Tezpur Lunatic Asylum reports 1895-1904 - 1895-1904
Year: 1895
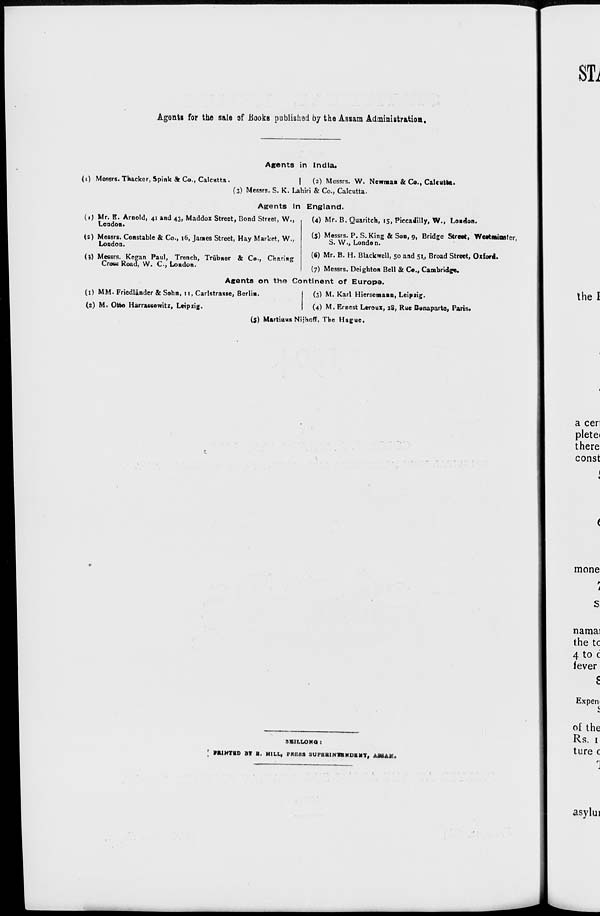
Agents for the sale of .Books published by the Assam Administration,
Agents in India.
(0 Messrs. Thackcr, Spink * Co., Calcutta.
|
(2) Messrs. W. Newman & Co., Calcutta.
(3) Messrs. S. K. Lahiri & Co., Calcutta.
Agents In England.
(4) Mr. B. Quaritch, 15, Piccadilly, W., Lo«rlon.
(1) Mr. B. Arnold, 41 and 43, Maddox Street, Bond Street, W.,
London.
(2) Messrs. Coastable & Co., 16, James Street, Hay Market, W.,
London.
(j) Messrs. Kegan Paul, Trench, Trfibner & Co., Charing
Cross Road, VV. C-, London.
(5) Messrs. P. S. King & Son, 9, Bridge Street, WeetmioBfer,
S. VV., London.
(6) Mr. B. H. Blackwell, 50 and 51., Broad Street, Oxford.
(7) Messrs. Deighton Bell & Co., Cambridge.
Agents on the Continent of Europe.
(1) MM. Friedlander & Sohn, n, Carlstrasse, Berlin.
(2) M. Otto Harracsowitz, Leipzig.
(3) M. Karl Hiersemann, Leipzig.
(4) M. Ernest Lcroux, 28, Rue Bonaparte, Paris.
(5) Martinus Nijhoff, The Hague.
SfllLLOMO :
I MUHTID BT B. HILL, PKlifis SUPBBIN1BNOIMT, AMAM>